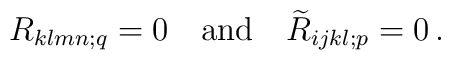
R_{klmn;q}=0\quad\mbox{and}\quad \widetilde{R}_{ijkl;p} =0\,.